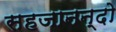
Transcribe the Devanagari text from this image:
सहजानन्दो